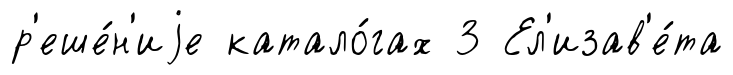
р'еше́н'иjе катало́гах 3 Ел'изав'е́та